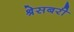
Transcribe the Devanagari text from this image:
श्रेसबरी